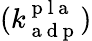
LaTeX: (k_{\mathrm{~a~d~p~}}^{\mathrm{~p~l~a~}})